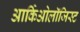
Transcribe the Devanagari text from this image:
आर्किओलॉजिस्ट